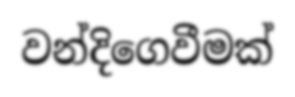
වන්දිගෙවීමක්